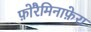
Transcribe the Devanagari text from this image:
फ़ोरैमिनाफ़ेरा